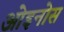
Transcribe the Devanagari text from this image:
ओइनोस